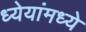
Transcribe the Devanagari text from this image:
ध्येयांमध्ये